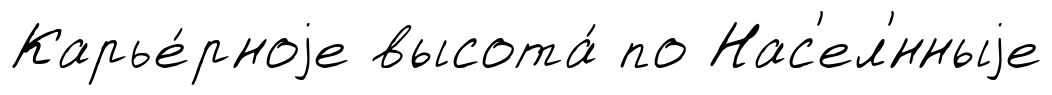
Карье́рноjе высота́ по Нас'ел'́нныjе